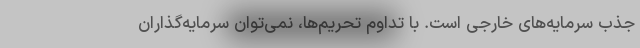
جذب سرمایه‌های خارجی است. با تداوم تحریم‌ها، نمی‌توان سرمایه‌گذاران